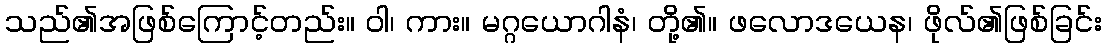
သည်၏အဖြစ်ကြောင့်တည်း။ ဝါ၊ ကား။ မဂ္ဂယောဂါနံ၊ တို့၏။ ဖလောဒယေန၊ ဖိုလ်၏ဖြစ်ခြင်း